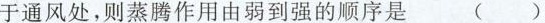
于通风处，则蒸腾作用由弱到强的顺序是 ( )